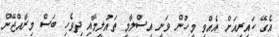
އެގޭ ކައިރިއަށް އެއްވި މީހުން ވަނީ އިސްލާމީ ތައުލީމާއި ދިވެހި ބަސް މިރާއްޖޭން